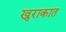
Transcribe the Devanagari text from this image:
खुराकात